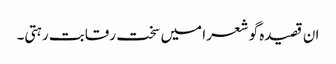
ان قصیدہ گو شعرا میں سخت رقابت رہتی۔